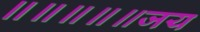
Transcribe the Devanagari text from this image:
॥॥॥॥॥जय